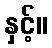
နှင့်။